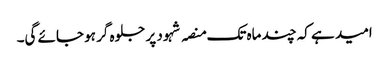
امید ہے کہ چند ماہ تک منصہ شہود پر جلوہ گر ہو جائے گی۔